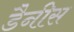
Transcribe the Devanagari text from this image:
डैनीस